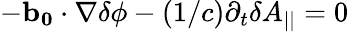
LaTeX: -\mathbf{b_{0}}\cdot\nabla\delta\phi-\left(1/c\right)\partial_{t}\delta A_{||}=0